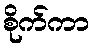
စိုက်ကာ